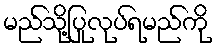
မည်သို့ပြုလုပ်ရမည်ကို